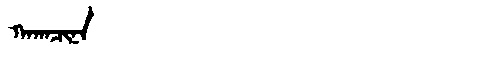
Manchu: ᡴᠠᡴᠠᠴᡳᠨᠠ
Romanization: KAKACINA